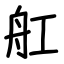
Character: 舡